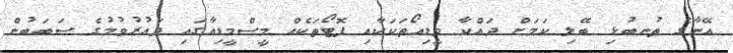
އޭނާގެ ތުނބުޅި ބޭލި ކަމަށް ދައްކާ ވީޑިއޯތަކަކާއި ފޮޓޯތަކެއް މީސްމީޑިއާގައި ދައުރުވުމުގެ ސަބަބުން